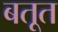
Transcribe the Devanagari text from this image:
बतूत